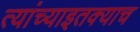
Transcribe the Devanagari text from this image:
त्यांच्याइतक्याच